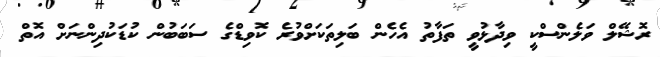
ރޮޝޭލް ވަލެންސްކީ ވިދާޅުވީ ތަފާތު އެހެން ބަލިތަކަށްވުރެ ކޮވިޑްގެ ސަބަބުން ކުޑަކުދިންނަށް އޮތް